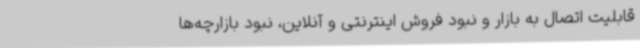
قابلیت اتصال به بازار و نبود فروش اینترنتی و آنلاین، نبود بازارچه‌ها